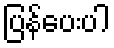
ပြန်ပေးပါ